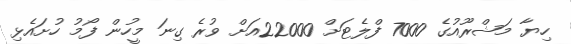
ހިޔާ މަޝްރޫއުގެ 7000 ފްލެޓަށް 22000އަށް ވުރެ ގިނަ މީހުން ފޯމު ހުށައެޅި